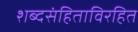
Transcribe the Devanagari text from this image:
शब्दसंहिताविरहित